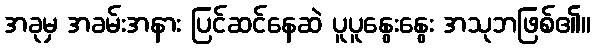
အခုမှ အခမ်းအနား ပြင်ဆင်နေဆဲ ပူပူနွေးနွေး အသုဘဖြစ်၏။